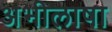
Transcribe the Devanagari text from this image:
अभीलाषा